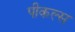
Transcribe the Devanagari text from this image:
पीकल्स